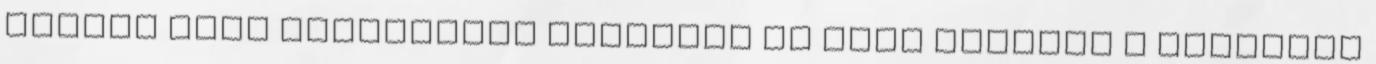
kertbe című darabokban láthatja az idei évadban a miskolci